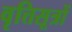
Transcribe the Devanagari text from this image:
वृत्तिसूत्रों